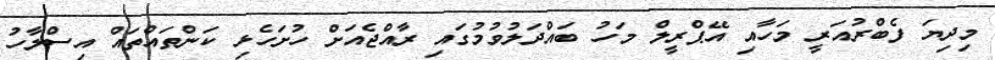
މިދިޔަ ފެބްރުއަރީ މަހާއި އޭޕްރީލް މަހު ބައްދަލުވުމުގައި ރާއްޖެއަށް ހުށަހެޅި ކަންތައްތައް އިސްލާހު